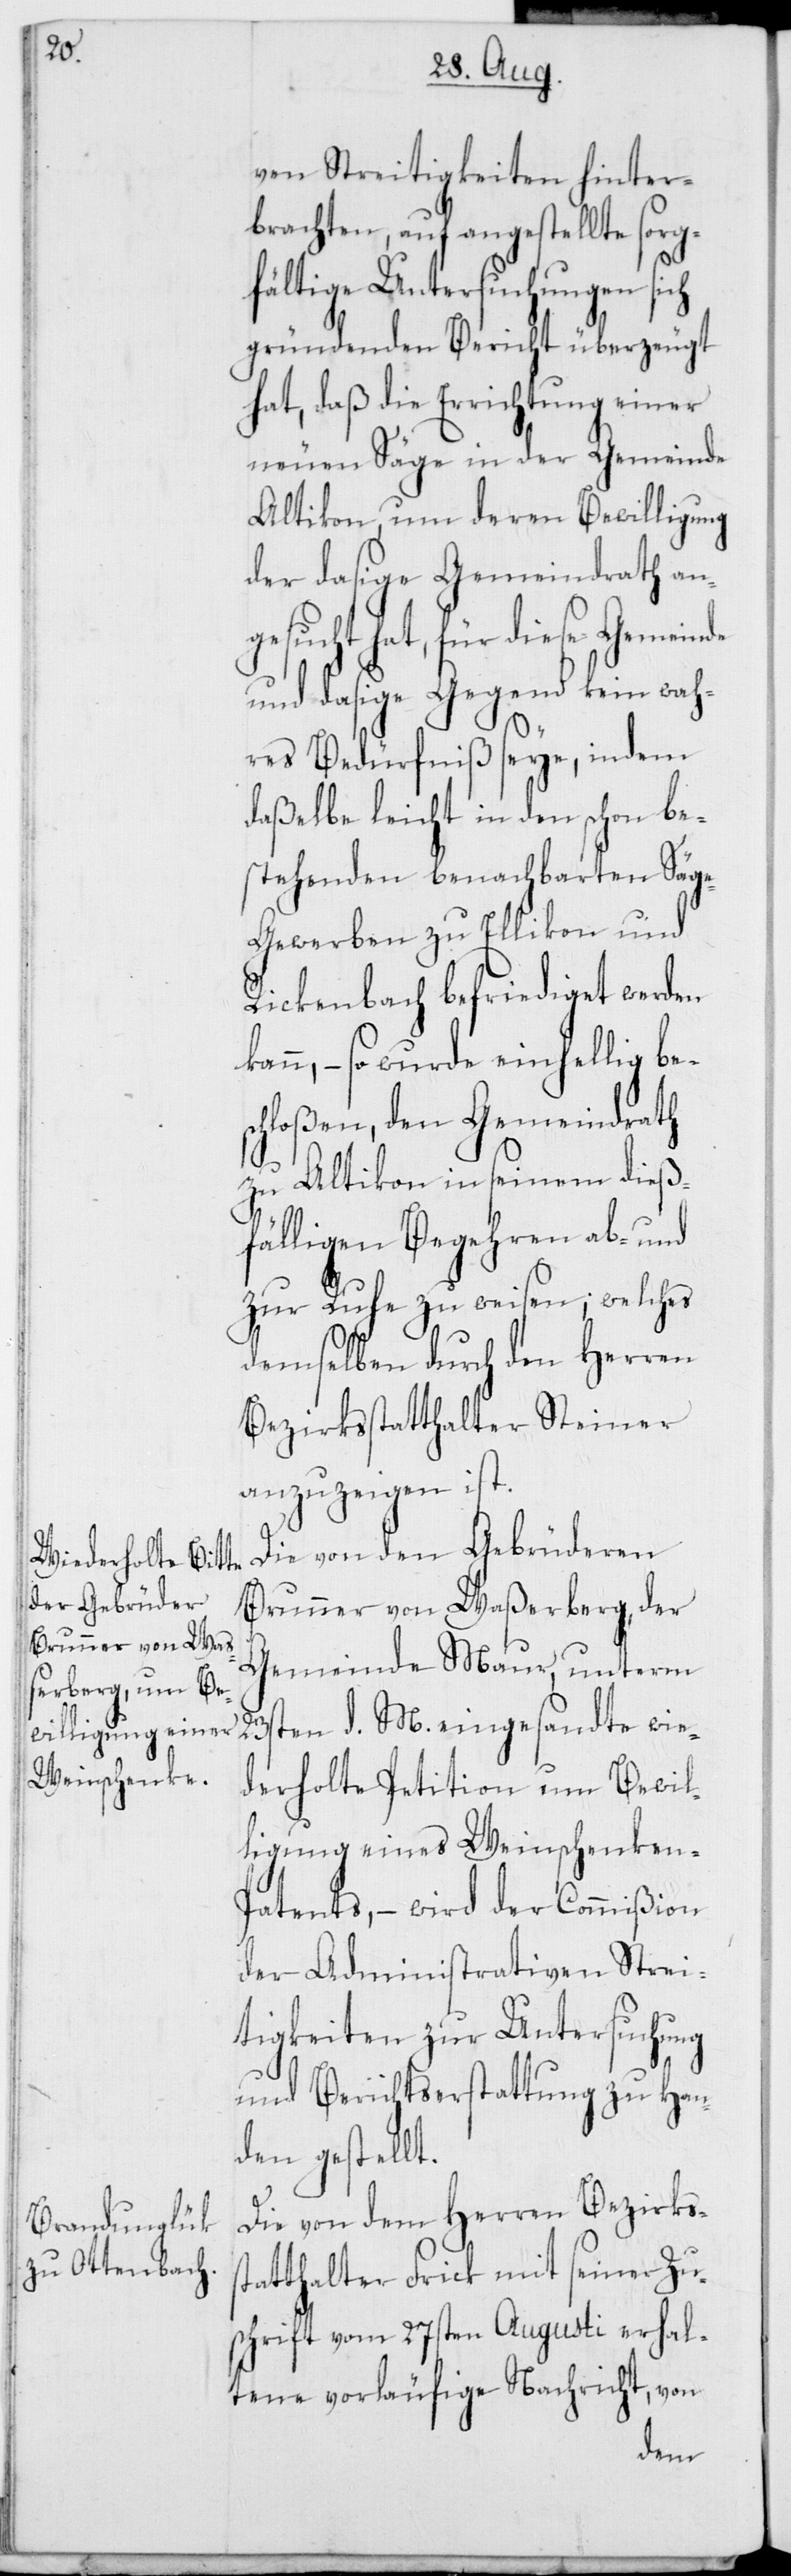
ven Streitigkeiten hinter¬
brachten, auf angestellte sorg¬
fältige Untersuchungen sich
gründenden Bericht überzeugt
hat, daß die Errichtung einer
neuen Säge in der Gemeinde
Altikon, um deren Bewilligung
der dasige Gemeindrath ang¬
esucht hat, für diese Gemeinde
und dasige Gegend kein wah¬
res Bedürfnis seye, indem
daßelbe leicht in den schon be¬
stehenden benachbarten Säg¬
e-Gewerben zu Ellikon und
Rickenbach befriediget werden
kann, – so wurde einhellig bes¬
chloßen, den Gemeindrath
zu Altikon in seinem dieß¬
fälligen Begehren ab- und
zur Ruhe zu weisen; welches
demselben durch den Herren
Bezirksstatthalter Steiner
anzuzeigen ist.
Die von den Gebrüderen
Brunner von Waßerberg, der
Gemeinde Maur, unterm
23sten d. M. eingesandte wie¬
derholte Petition um Bewil¬
ligung eines Weinschenken-P¬
atents, – wird der Commißion
der Administrativen Strei¬
tigkeiten zur Untersuchung
und Berichtserstattung zu Han¬
den gestellt.
Die von dem Herren Bezirkss¬
tatthalter Frick mit seiner Zu¬
schrift vom 27sten Augusti erhal¬
tene vorläufige Nachricht, von